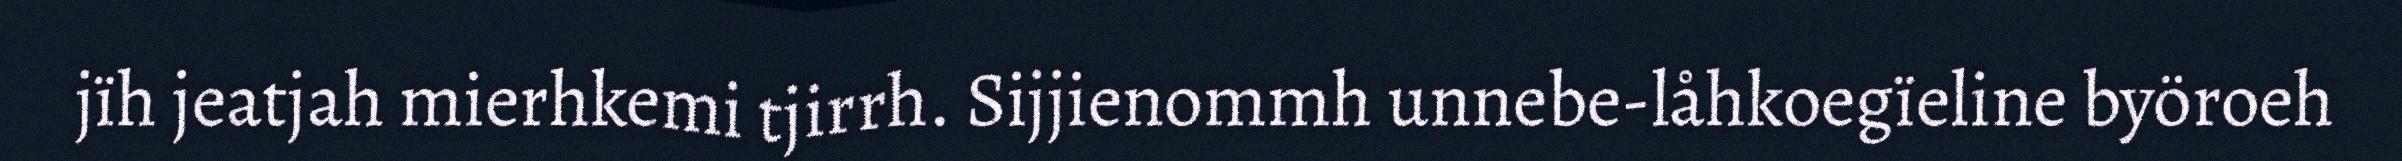
jïh jeatjah mierhkemi tjirrh. Sijjienommh unnebe-låhkoegïeline byöroeh